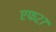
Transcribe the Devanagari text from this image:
एफ२७